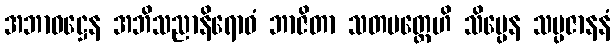
အဘာဝဋ္ဌေန အဘိသညာနိရောဓံ ဘာဇိတာ သတမတ္တေဟိ သိပ္ပေန သမ္ပဇာနနံ